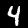
Label: 4